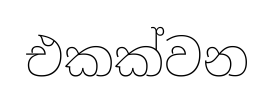
එකක්වන